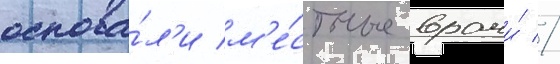
основа́л'и м'е́стные врачи́ //